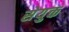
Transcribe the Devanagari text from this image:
सेयुक्त